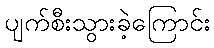
ပျက်စီးသွားခဲ့ကြောင်း